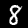
Digit: 8